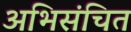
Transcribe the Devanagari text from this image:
अभिसंचित